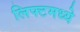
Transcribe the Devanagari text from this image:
लिफ्टमध्ये